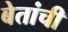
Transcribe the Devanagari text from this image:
बेतांची